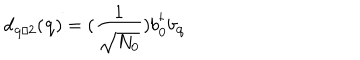
LaTeX: d _ { { \bf { q } } / 2 } ( { \bf { q } } ) = ( \frac { 1 } { \sqrt { N _ { 0 } } } ) b _ { { \bf { 0 } } } ^ { \dagger } b _ { { \bf { q } } }